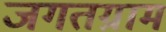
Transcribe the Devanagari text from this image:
जगतग्राम